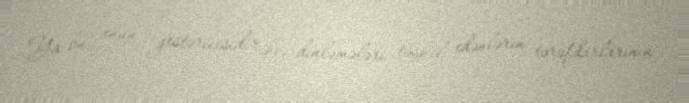
Ya bu, onun göstəricisidir ki, dinləmələri təşkil edənlərin tərəfdarlarının